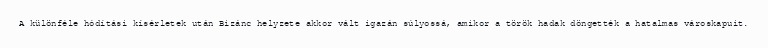
A különféle hódítási kísérletek után Bizánc helyzete akkor vált igazán súlyossá, amikor a török hadak döngették a hatalmas városkapuit.